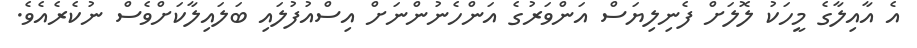
އެ އާއިލާގެ މީހަކު ލޮލަށް ފެނިލިޔަސް އަންވަރުގެ އަންހެނުންނަށް އިސްއުފުލައި ބަލައިލާކަށްވެސް ނުކެރެއެވެ.